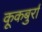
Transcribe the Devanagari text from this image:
कूकबुर्रा